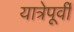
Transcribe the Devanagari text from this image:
यात्रेपूर्वी